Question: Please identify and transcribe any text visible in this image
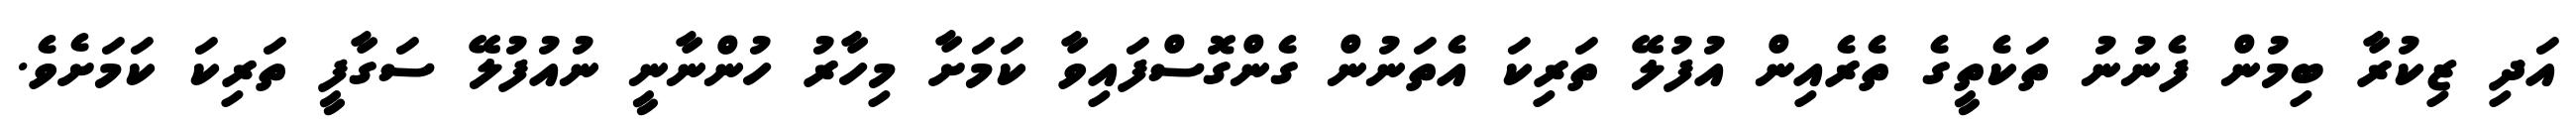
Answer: އަދި ޒިކުރާ ބިމުން ފެނުނު ތަކެތީގެ ތެރެއިން އުފުލޭ ތަރިކަ އެތަނުން ގެންގޮސްފައިވާ ކަމަށާ މިހާރު ހުންނާނީ ނުއުފުލޭ ސަގާފީ ތަރިކަ ކަމަށެވެ.